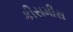
કીસમીસ